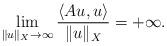
LaTeX: \begin{align*}\lim_{\|u\|_X \to \infty} \frac{\langle Au, u \rangle}{\|u\|_X} = +\infty.\end{align*}